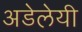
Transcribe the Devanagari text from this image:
अडेलेयी